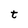
Character: t